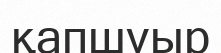
қапшуыр